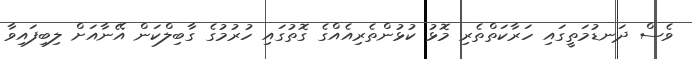
ވެސް ދަނޑުމަތީގައި ހަރާކަތްތެރި މޮޅު ކުޅުންތެރިއެއްގެ ގޮތުގައި ހުރުމުގެ ގާބިލްކަން އޭނާއަށް ލިބިފައިވާ